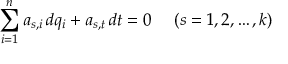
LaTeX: \sum _ { i = 1 } ^ { n } a _ { s , i } \, d q _ { i } + a _ { s , t } \, d t = 0 ~ ~ ~ ~ ( s = 1 , 2 , \ldots , k )